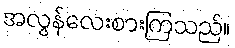
အလွန်လေးစားကြသည်။